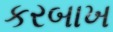
કરબાખ